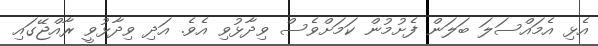
އެޅި އެމައްސަލަ ބަލަން ފެށުމުން ކަމަށްވެސް ވިދާޅުވި އެވެ. އަދި ވިދާޅުވީ ރާއްޖޭގައި